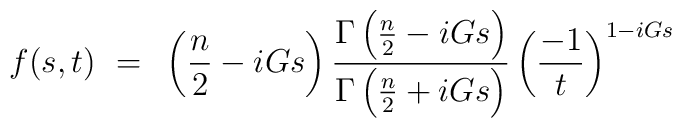
f(s,t)~=~ \left( \frac{n}{2} - iGs \right) \frac{ \Gamma\left(\frac{n}{2} - iGs\right)}{\Gamma \left( \frac{n}{2} + iGs\right)} \left( \frac{-1}{t}\right)^{1-iGs}